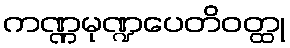
ကဏ္ဏမုဏ္ဍပေတိဝတ္ထု